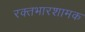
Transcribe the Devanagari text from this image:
रक्तभारशामक